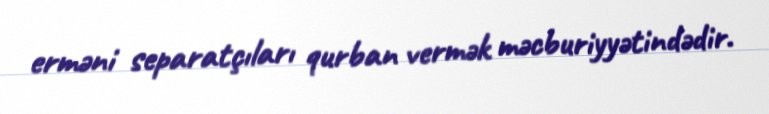
erməni separatçıları qurban vermək məcburiyyətindədir.